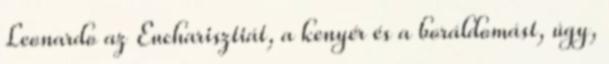
Leonardo az Eu­charisztiát, a kenyér és a boráldomást, úgy,